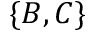
\{ B , C \}